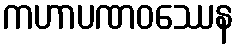
ကဟာပဏဝဿေန